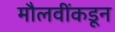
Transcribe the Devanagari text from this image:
मौलवींकडून